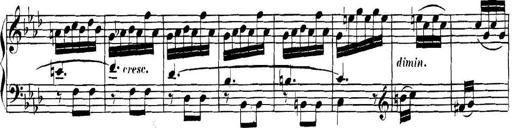
Title: Collected Piano Sonatas
Composer: Muzio Clementi